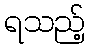
ရသည့်